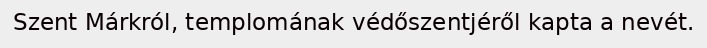
Szent Márkról, templomának védőszentjéről kapta a nevét.